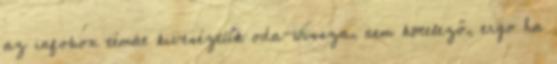
az infobox témát kiveséztük oda-vissza, nem kötelező, ergo ha